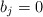
\begin{align*}b_j= 0\end{align*}